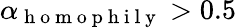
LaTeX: \alpha_{\mathrm{~h~o~m~o~p~h~i~l~y~}}>0.5